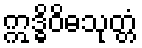
ဣဒ္ဓိဝိဓသုတ္တံ